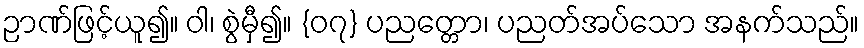
ဉာဏ်ဖြင့်ယူ၍။ ဝါ၊ စွဲမှီ၍။ {၀၇} ပညတ္တော၊ ပညတ်အပ်သော အနက်သည်။